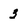
Character: 3